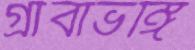
গ্রীবাভঙ্গি